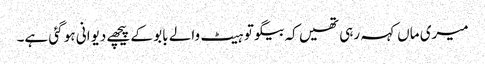
میری ماں کہہ رہی تھیں کہ بیگو تو ہیٹ والے بابو کے پیچھے دیوانی ہو گئی ہے۔